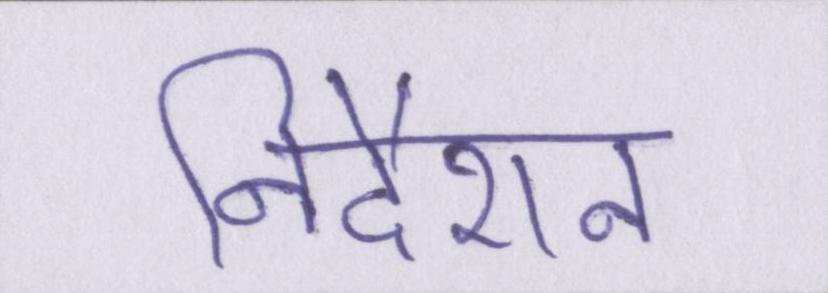
निर्देशन